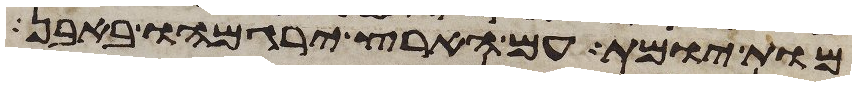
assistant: מות יומת עם הארץ ירגמהו באבן